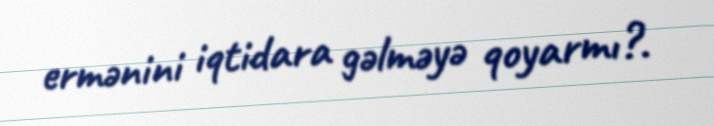
ermənini iqtidara gəlməyə qoyarmı?.